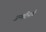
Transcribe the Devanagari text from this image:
जन्‍मदिनाचे